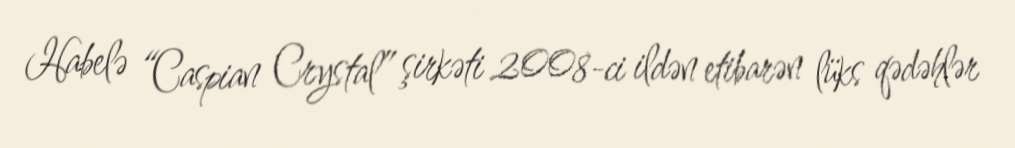
Habelə “Caspian Crystal” şirkəti 2008-ci ildən etibarən lüks qədəhlər